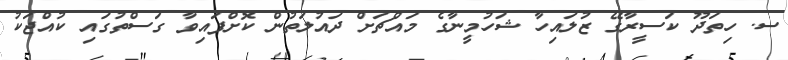
ސ. ހިތަދޫ ކަސީރާގޭ ޒުލައިހާ ޝަހުމީނާގެ މައްޗަށް ދައުލަތުން ކޮށްފައިވާ ގަސްތުގައި ކުއްޖަކު